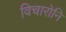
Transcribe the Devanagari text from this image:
विचारोनि